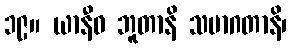
၁၉။ ယာနီဓ ဘူတာနိ သမာဂတာနိ၊